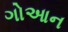
ગોઆન